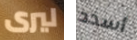
ليرى أسدد